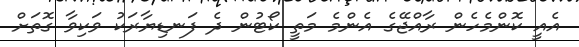
އެއީ ކޮންމެހެން ރާއްޖޭގެ އެންމެ މަތީ ކޯޓުން ދެ ފަނޑިޔާރަކު ވަކިވާ ގޮތަށް